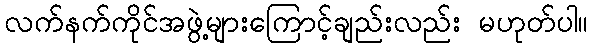
လက်နက်ကိုင်အဖွဲ့များကြောင့်ချည်းလည်း မဟုတ်ပါ။